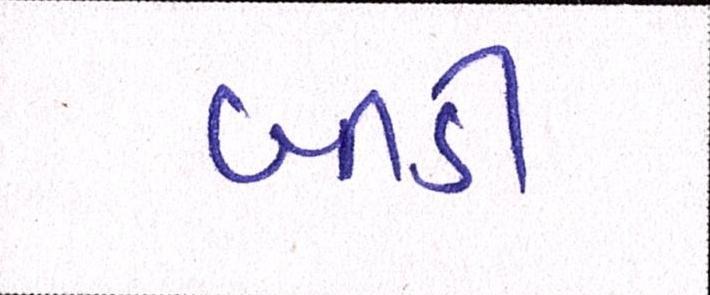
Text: બીડી